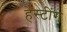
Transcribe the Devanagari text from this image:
हेस्टींग